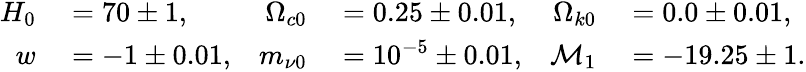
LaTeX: \begin{array}{rlrlrl}{H_{0}}&{{}=70\pm 1,}&{\Omega_{c0}}&{{}=0.25\pm 0.01,}&{\Omega_{k0}}&{{}=0.0\pm 0.01,}\\ {w}&{{}=-1\pm 0.01,}&{m_{\nu 0}}&{{}=10^{-5}\pm 0.01,}&{\mathcal{M}_{1}}&{{}=-19.25\pm 1.}\end{array}